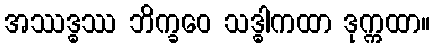
အဿဒ္ဓဿ ဘိက္ခဝေ သဒ္ဓါကထာ ဒုက္ကထာ။